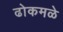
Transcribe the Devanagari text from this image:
ढोकमळे